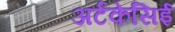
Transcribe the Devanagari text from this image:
अर्टकेसिई